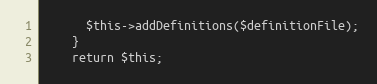
Language: PHP
      $this->addDefinitions($definitionFile);
    }
    return $this;